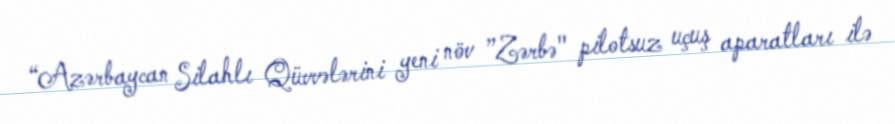
“Azərbaycan Silahlı Qüvvələrini yeni növ ”Zərbə" pilotsuz uçuş aparatları ilə